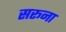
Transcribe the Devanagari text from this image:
सरूना